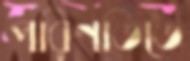
পরিণতিতে